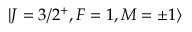
| J = 3 / 2 ^ { + } , F = 1 , M = \pm 1 \rangle